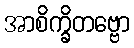
အာစိက္ခိတဗ္ဗော